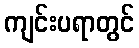
ကျင်းပရာတွင်